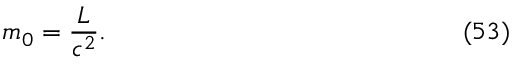
m _ { 0 } = \frac { L } { c ^ { 2 } } . \eqno ( 5 3 )